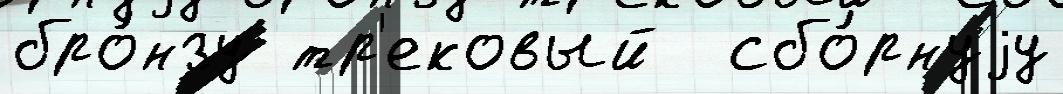
бро́нзу тр'ековый  сбо́рнуjу